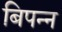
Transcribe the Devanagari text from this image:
बिपन्न